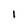
Character: 1